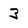
Character: 3